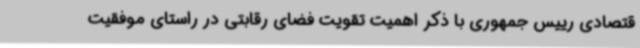
قتصادی رییس جمهوری با ذکر اهمیت تقویت فضای رقابتی در راستای موفقیت